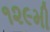
૧૨૯મી